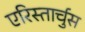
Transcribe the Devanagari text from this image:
एरिस्तार्चुस